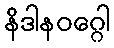
နိဒါနဝဂ္ဂေါ